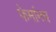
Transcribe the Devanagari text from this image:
फेर्मानघ